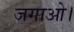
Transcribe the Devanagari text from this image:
जगाओ।